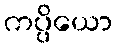
ကပ္ပိယော